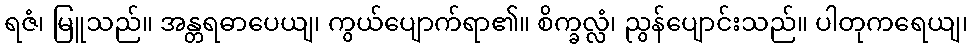
ရဇံ၊ မြူသည်။ အန္တရဓာပေယျ၊ ကွယ်ပျောက်ရာ၏။ စိက္ခလ္လံ၊ ညွန်ပျောင်းသည်။ ပါတုကရေယျ၊